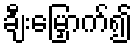
ချီးမြှောက်၍